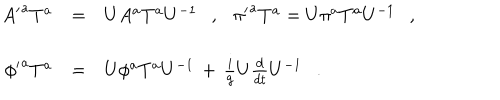
LaTeX: \begin{array} { r c l } { { { A ^ { \prime } } ^ { a } T ^ { a } } } & { { = } } & { { U A ^ { a } T ^ { a } U ^ { - 1 } \ \ \ , \ \ \ { \pi ^ { \prime } } ^ { a } T ^ { a } = U \pi ^ { a } T ^ { a } U ^ { - 1 } \ \ \ , } } \\ { { { \phi ^ { \prime } } ^ { a } T ^ { a } } } & { { = } } & { { U \phi ^ { a } T ^ { a } U ^ { - 1 } \, + \, \frac { i } { g } U \frac { d } { d t } U ^ { - 1 } \ \ \ . } } \\ \end{array}